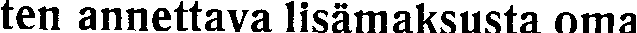
ten annettava lisämaksusta oma